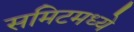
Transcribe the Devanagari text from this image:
समिटमध्ये